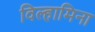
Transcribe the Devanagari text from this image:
विल्हामिना